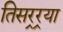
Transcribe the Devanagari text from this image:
तिसर्‍र्‍या